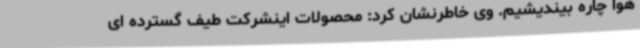
هوا چاره بیندیشیم. وی خاطرنشان کرد: محصولات اینشرکت طیف گسترده ای